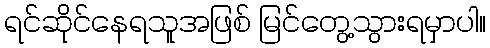
ရင်ဆိုင်နေရသူအဖြစ် မြင်တွေ့သွားရမှာပါ။